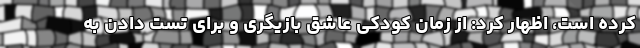
کرده است، اظهار کرد: از زمان کودکی عاشق بازیگری و برای تست دادن به